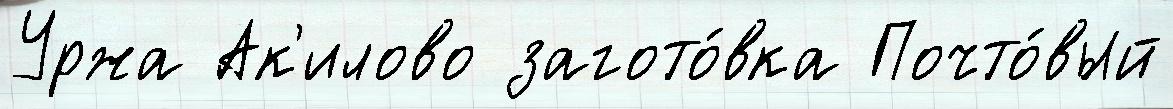
Уржа Ак'илово загото́вка Почто́вый